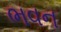
ભવન